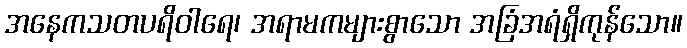
အနေကသတပရိဝါရေ၊ အရာမကများစွာသော အခြံအရံရှိကုန်သော။